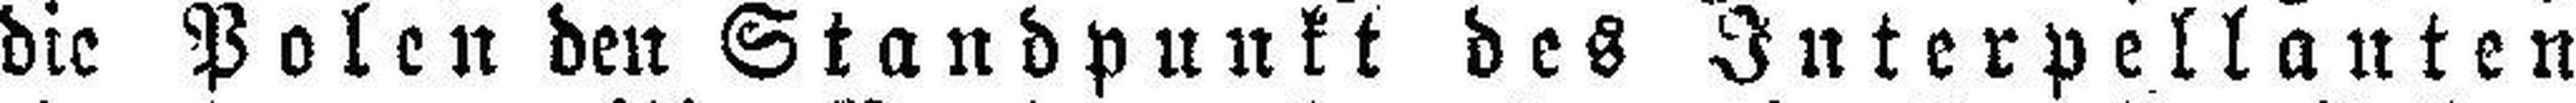
die Polen den Standpunkt des Interpellanten